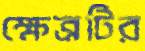
ক্ষেত্রটির